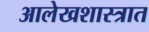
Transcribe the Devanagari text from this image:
आलेखशास्त्रात